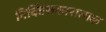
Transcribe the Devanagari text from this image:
निर्दिष्टसकारात्मक